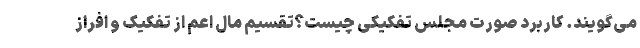
می‌گویند. کاربرد صورت مجلس تفکیکی چیست؟تقسیم مال اعم از تفکیک و افراز